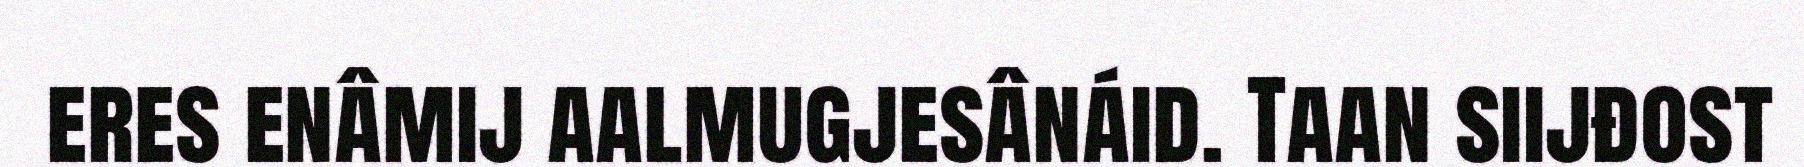
eres enâmij aalmugjesânáid. Taan siijđost